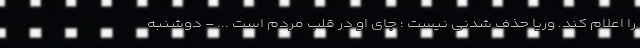
را اعلام کند. وریا حذف شدنی نیست ؛ جای او در قلب مردم است ... - دوشنبه